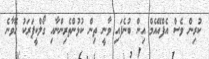
ކުރިން ވެސް އެފްއޭއެމް އިން ބުނެފައި ވާނީ ތިން ކުޅުންތެރިންނާއި ގޯލްކީޕަރަކު ހޮވާނެ